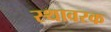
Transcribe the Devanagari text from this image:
स्थावरक